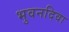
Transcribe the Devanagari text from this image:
भुवनदिवा